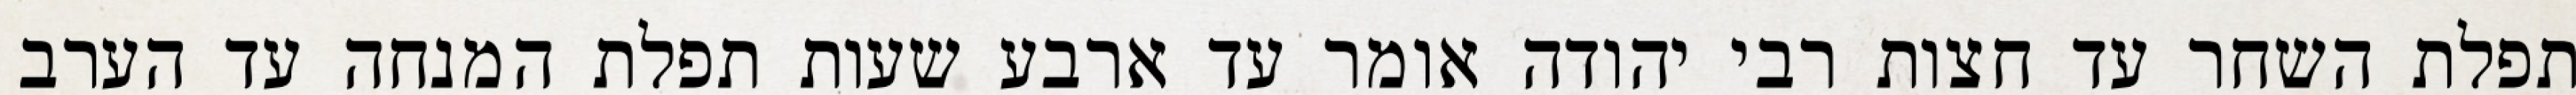
תפלת השחר עד חצות רבי יהודה אומר עד ארבע שעות תפלת המנחה עד הערב